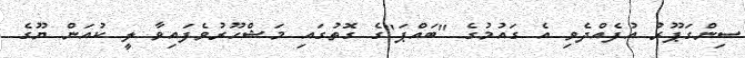
ސިންގަޕޫރު އުފެއްދެވި އެ ގައުމުގެ "ބައްޕަ"ގެ ގޮތުގައި މަޝްހޫރުވެފައިވާ ލީ ކުއަން ޔޫގެ